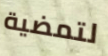
لتمضية